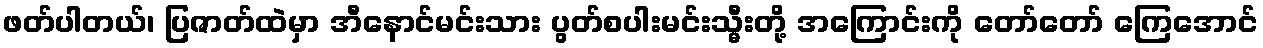
ဖတ်ပါတယ်၊ ပြဇာတ်ထဲမှာ အီနောင်မင်းသား ပွတ်စပါးမင်းသ္မီးတို့ အကြောင်းကို တော်တော် ကြေအောင်